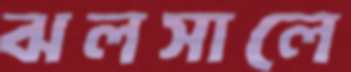
ঝলসালে